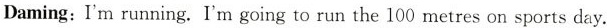
Daming: I'm running. I'm going to run the 100 metres on sports day.